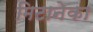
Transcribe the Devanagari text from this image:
मिटानेका